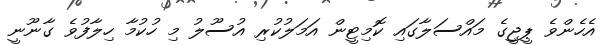
އެހެންވެ ޕީޖީގެ މައްސަލާގައި ކޮމިޓީން އަމަލުކުރި އުސޫލު މި ހުކުމާ ހިލާފުވެ ގާނޫނީ